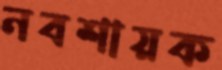
নবশায়ক